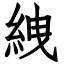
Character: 絏